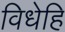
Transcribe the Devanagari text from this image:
विधेहि